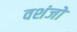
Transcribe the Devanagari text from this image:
वशंजो